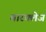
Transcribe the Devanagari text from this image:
बारक्लेज